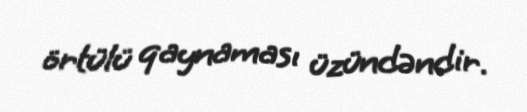
örtülü qaynaması üzündəndir.